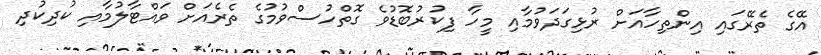
އޭގެ ތެރޭގައި އިންތިހާއަށް ރުޅިގަދަވުމާއި މީހާ ފިކުރުބޮޑުވެ ގޮތްހުސްވުމުގެ ތެރެއަށް ވައްޓާލުމާއި ކުދިކުދި